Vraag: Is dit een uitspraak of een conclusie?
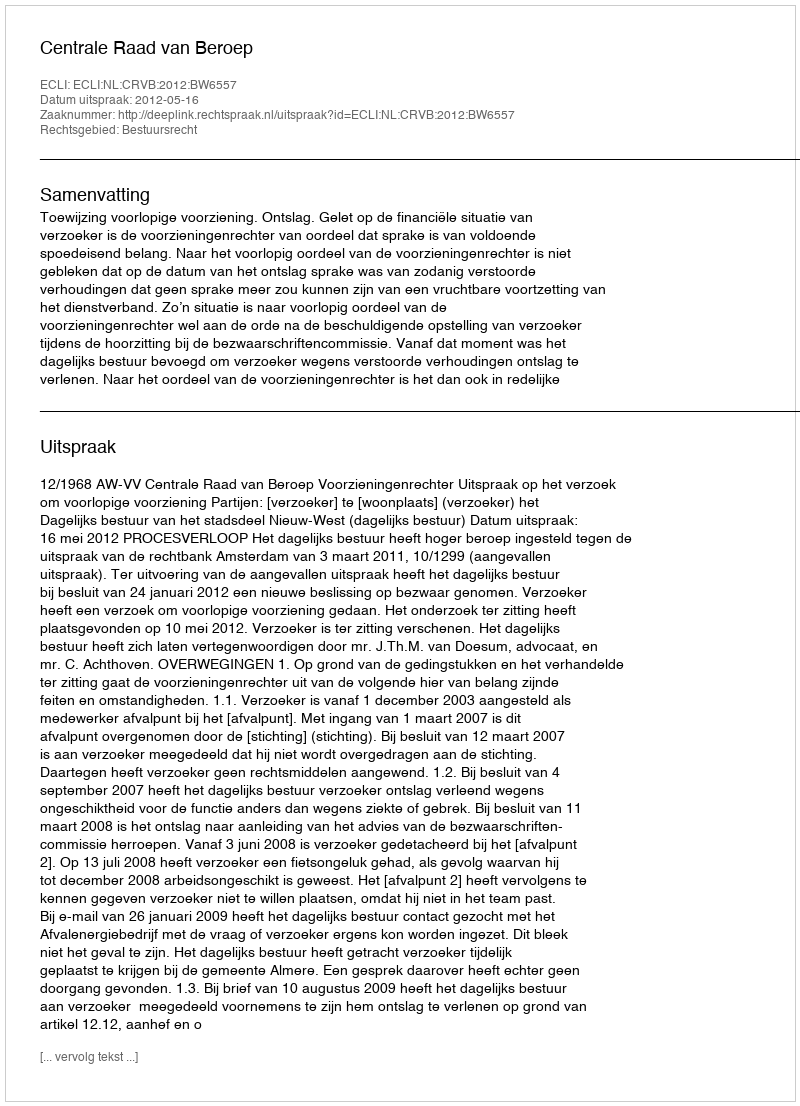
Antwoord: Uitspraak